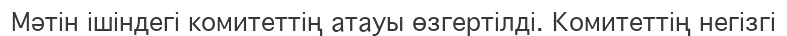
Мәтін ішіндегі комитеттің атауы өзгертілді. Комитеттің негізгі